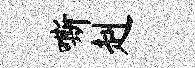
嘶赳